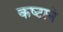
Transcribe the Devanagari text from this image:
कष्‍टाने